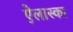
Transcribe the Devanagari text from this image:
ऐलास्का